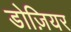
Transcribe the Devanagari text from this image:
डोज़ियर